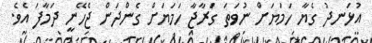
އުޅަނދު ގެޔާ ހަމަޔަށް ނުވަތަ ގަރާޖާ ހަމަޔަށް ގެންދަން ޖެހޭނީ ދަމާފަ އެވެ.